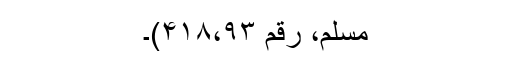
مسلم، رقم ۴۱۸،۹۳)۔